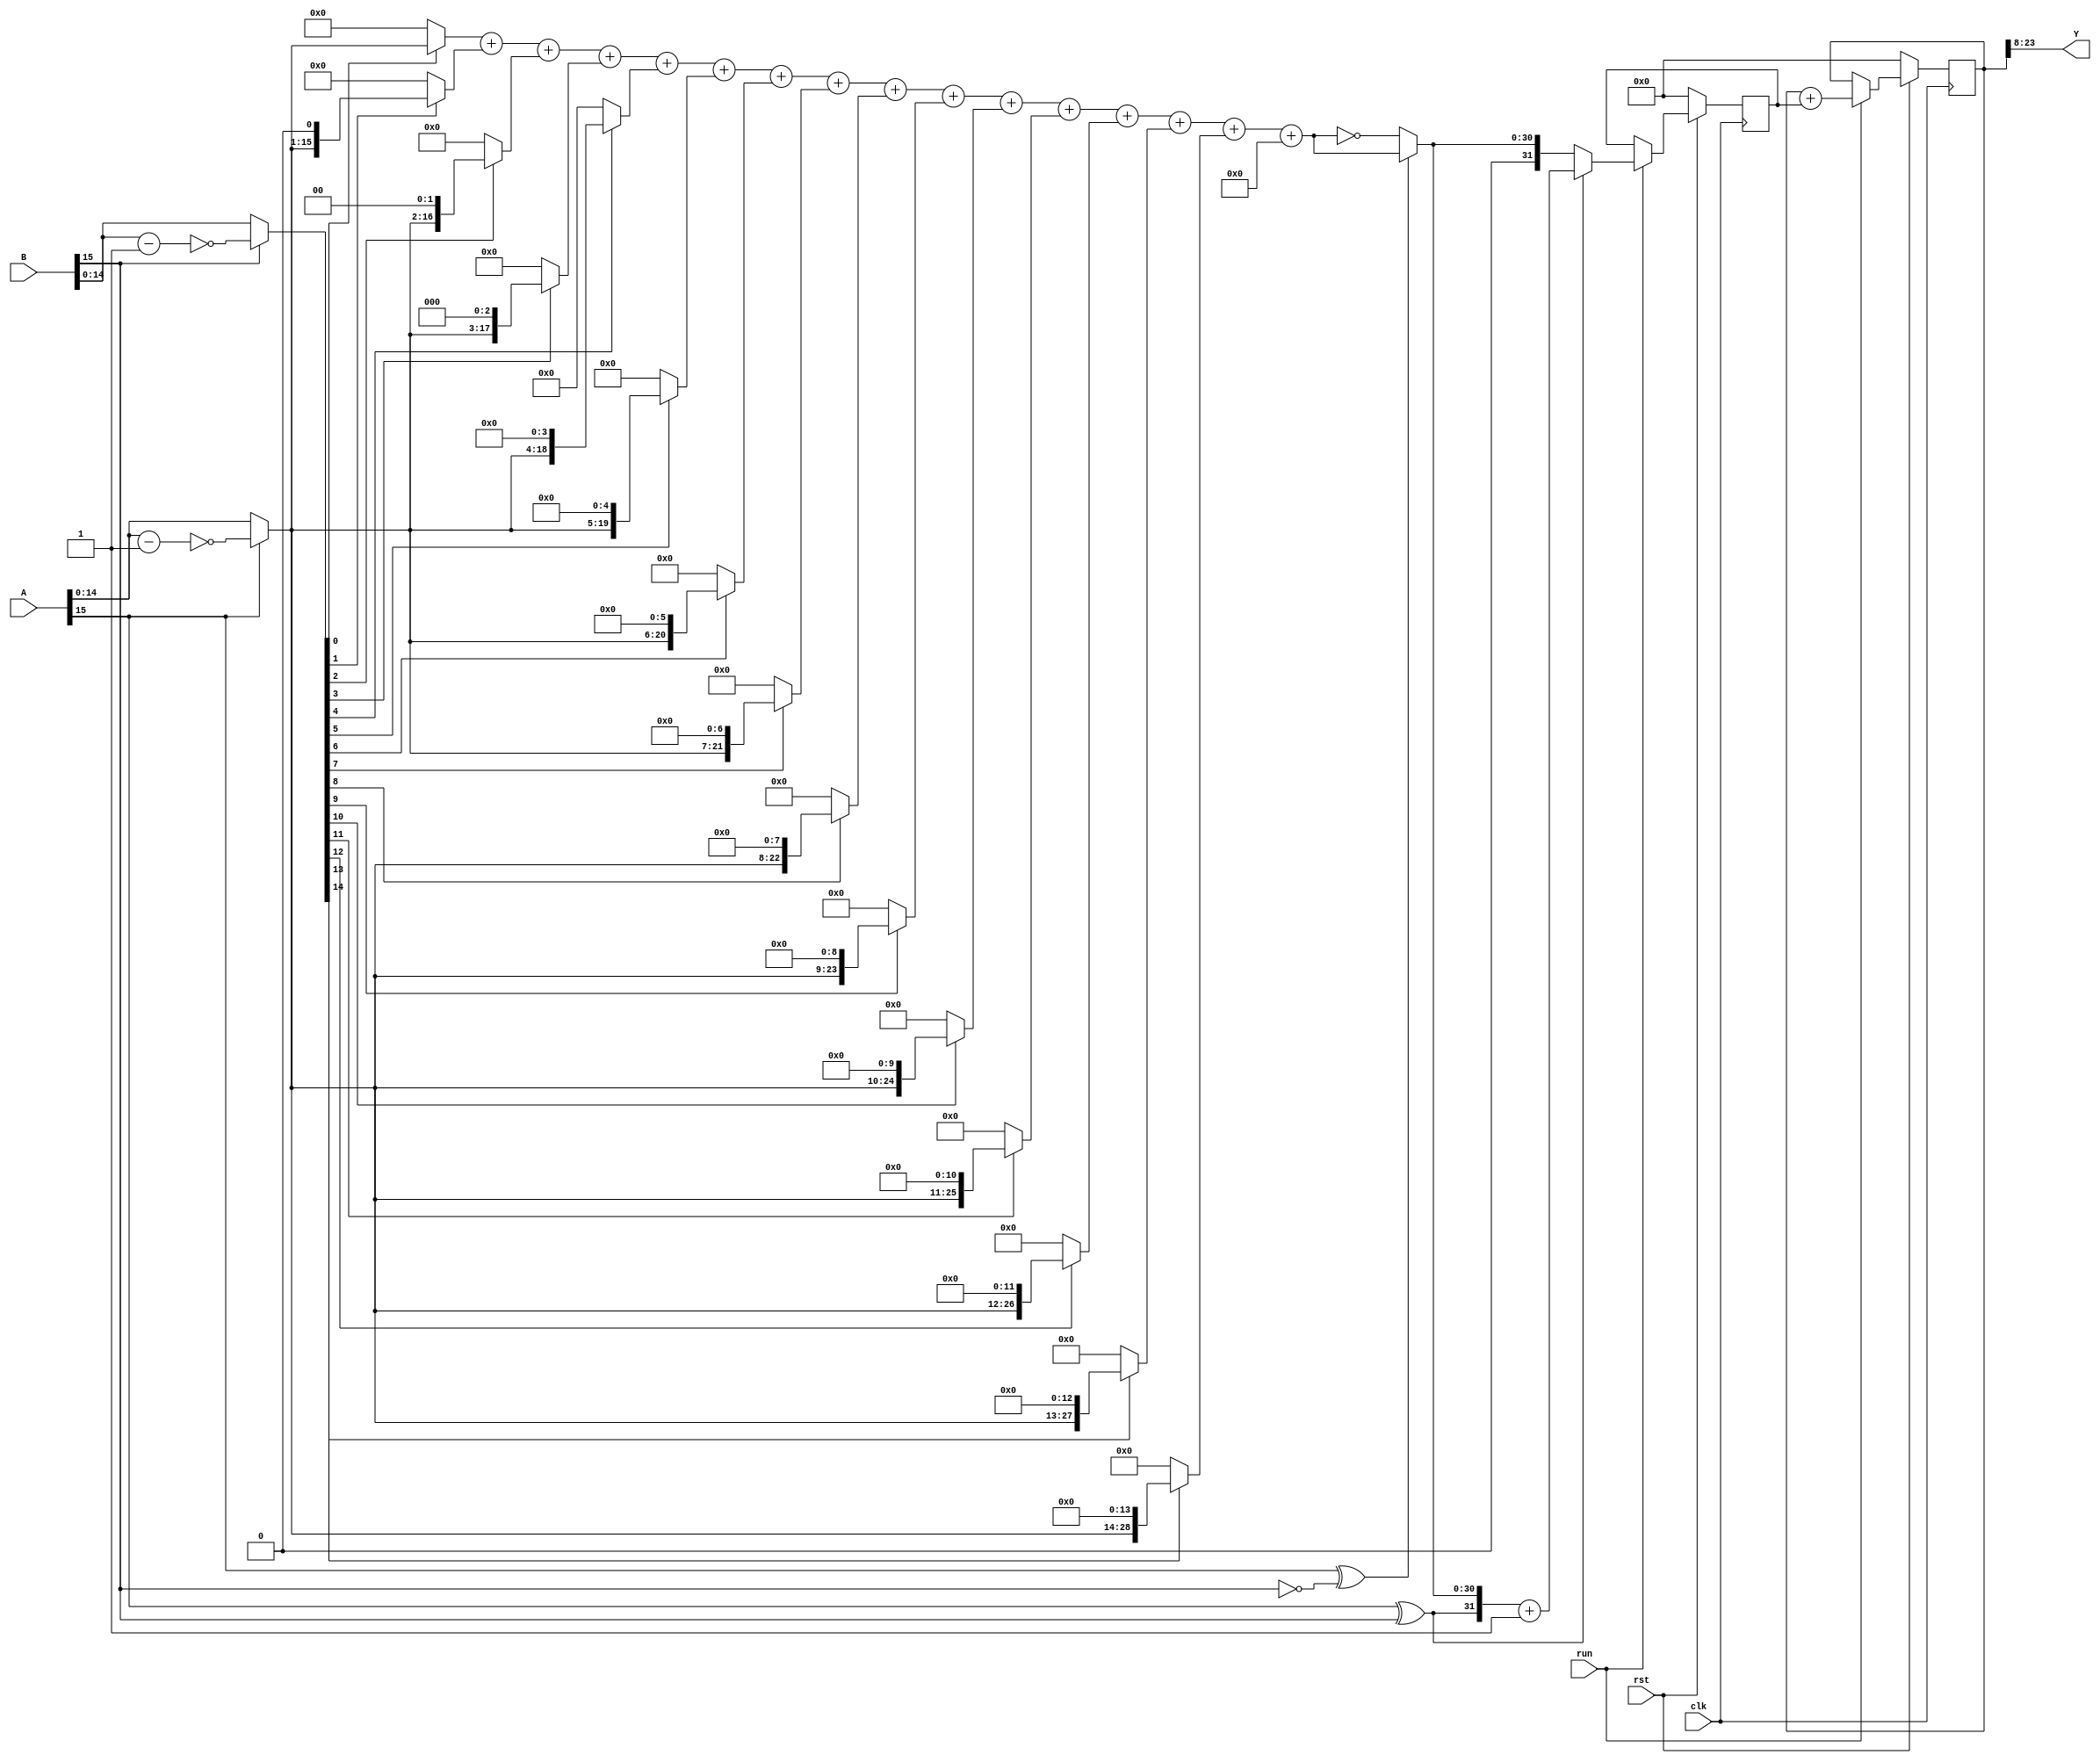
module mac(clk, rst, run, A, B, Y);
	input clk;
	input rst;
	input run;
	input [15:0] A, B;
	output wire [15:0] Y;
	reg [15:0] x1,x2;
	reg [31:0] product, sum;
	

	always @(posedge clk ) begin
		if (!rst) begin
			product = 0;
			x1 = 0;
			x2 = 0;
			product = 0;
		end 
		else if(run) begin
			x1 =((A[15]==0)?{1'b0,A[14:0]}:{1'b0,~(A[14:0]-1'b1)}); // Convert from Two's complement to Sign Magnitude
			x2 =((B[15]==0)?{1'b0,B[14:0]}:{1'b0,~(B[14:0]-1'b1)}); // Convert from Two's complement to Sign Magnitude
			product = (A[15]^B[15]==0)? // Decide the sign of the result
				  (
					(x2[0]?  {16'b0,x1[15:0]	  }:32'b0)+
					(x2[1]?  {15'b0,x1[15:0], 1'b0}:32'b0)+
					(x2[2]?  {14'b0,x1[15:0], 2'b0}:32'b0)+
					(x2[3]?  {13'b0,x1[15:0], 3'b0}:32'b0)+
					(x2[4]?  {12'b0,x1[15:0], 4'b0}:32'b0)+
					(x2[5]?  {11'b0,x1[15:0], 5'b0}:32'b0)+
					(x2[6]?  {10'b0,x1[15:0], 6'b0}:32'b0)+
					(x2[7]?  {9'b0,x1[15:0],  7'b0}:32'b0)+
					(x2[8]?  {8'b0,x1[15:0],  8'b0}:32'b0)+
					(x2[9]?  {7'b0,x1[15:0],  9'b0}:32'b0)+
					(x2[10]? {6'b0,x1[15:0], 10'b0}:32'b0)+
					(x2[11]? {5'b0,x1[15:0], 11'b0}:32'b0)+
					(x2[12]? {4'b0,x1[15:0], 12'b0}:32'b0)+
					(x2[13]? {3'b0,x1[15:0], 13'b0}:32'b0)+
					(x2[14]? {2'b0,x1[15:0], 14'b0}:32'b0)+
					(x2[15]? {1'b0,x1[15:0], 15'b0}:32'b0)
				  ):(~( // Convert the result from Sign Magnitude to the One's Complement 
					(x2[0]?  {16'b0,x1[15:0]	  }:32'b0)+
					(x2[1]?  {15'b0,x1[15:0], 1'b0}:32'b0)+
					(x2[2]?  {14'b0,x1[15:0], 2'b0}:32'b0)+
					(x2[3]?  {13'b0,x1[15:0], 3'b0}:32'b0)+
					(x2[4]?  {12'b0,x1[15:0], 4'b0}:32'b0)+
					(x2[5]?  {11'b0,x1[15:0], 5'b0}:32'b0)+
					(x2[6]?  {10'b0,x1[15:0], 6'b0}:32'b0)+
					(x2[7]?  {9'b0,x1[15:0],  7'b0}:32'b0)+
					(x2[8]?  {8'b0,x1[15:0],  8'b0}:32'b0)+
					(x2[9]?  {7'b0,x1[15:0],  9'b0}:32'b0)+
					(x2[10]? {6'b0,x1[15:0], 10'b0}:32'b0)+
					(x2[11]? {5'b0,x1[15:0], 11'b0}:32'b0)+
					(x2[12]? {4'b0,x1[15:0], 12'b0}:32'b0)+
					(x2[13]? {3'b0,x1[15:0], 13'b0}:32'b0)+
					(x2[14]? {2'b0,x1[15:0], 14'b0}:32'b0)+
					(x2[15]? {1'b0,x1[15:0], 15'b0}:32'b0)
				  ));
			product[31] = A[15]^B[15];
			product = product[31] ? product+1'b1 : product; // Convert the result from One's Complement to Two's Complement
		end
	end

	always @(posedge clk ) begin
		if (!rst) begin
			sum <= 0;
		end else if(run) begin
			sum <= sum + product;
		end
    end
	
	assign Y = sum [23:8]; // Due to the fixed point is between 8th and 9th.

endmodule // mac